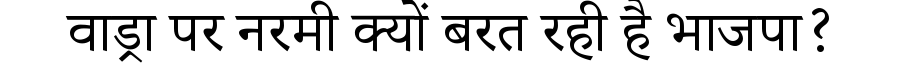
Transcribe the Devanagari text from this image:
वाड्रा पर नरमी क्यों बरत रही है भाजपा?